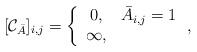
LaTeX: \begin{align*}[\mathcal C_{\bar A}]_{i,j}=\left\{\begin{array}{cc}0,& \bar A_{i,j}=1\\\infty, & \end{array}\right. ,\end{align*}